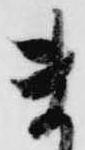
ま